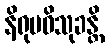
နိရုပဓိသုခန္တိ